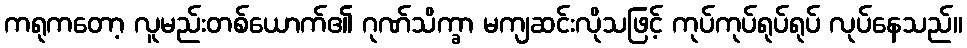
ကရုကတော့ လူမည်းတစ်ယောက်၏ ဂုဏ်သိက္ခာ မကျဆင်းလိုသဖြင့် ကုပ်ကုပ်ရုပ်ရုပ် လုပ်နေသည်။